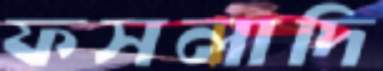
ফসলাদি